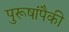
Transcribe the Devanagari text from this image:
पुरूषांपैकी